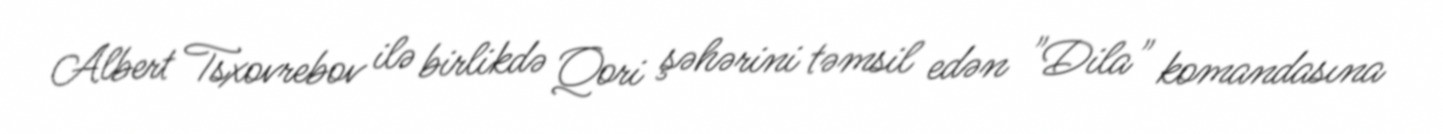
Albert Tsxovrebov ilə birlikdə Qori şəhərini təmsil edən "Dila" komandasına